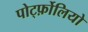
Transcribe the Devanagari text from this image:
पोर्ट्फ़ोलियो